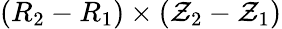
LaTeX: (R_{2}-R_{1})\times(\mathcal{Z}_{2}-\mathcal{Z}_{1})